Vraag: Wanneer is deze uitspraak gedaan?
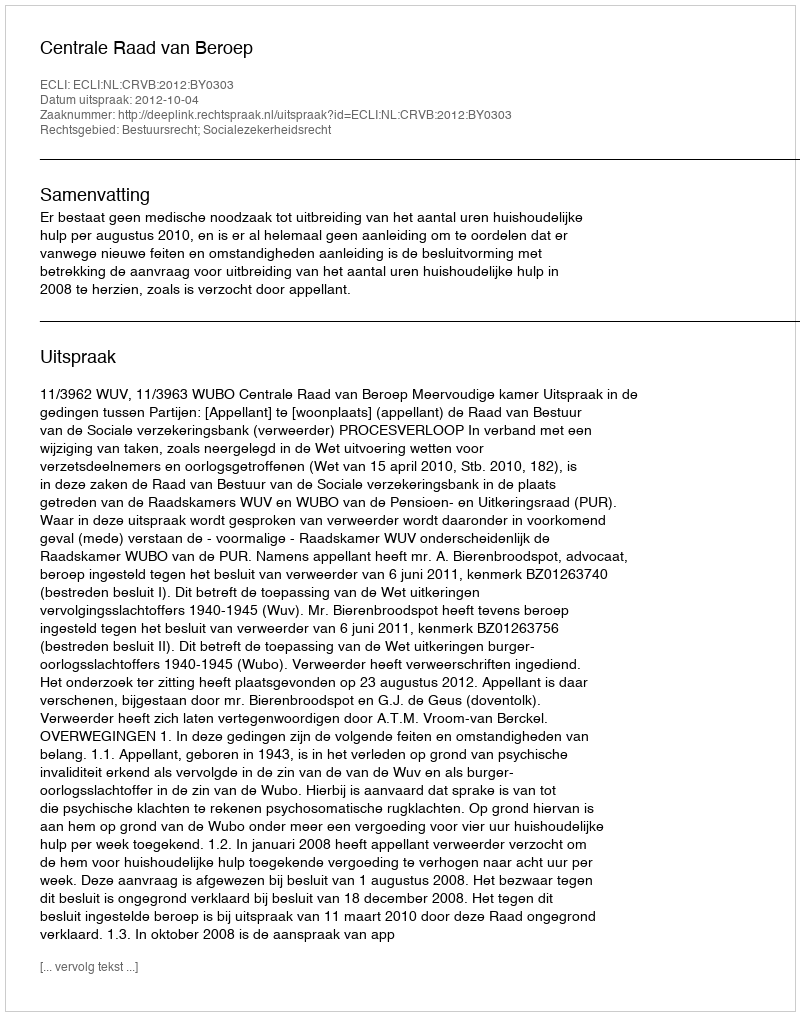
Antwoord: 2012-10-04